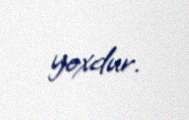
yoxdur.